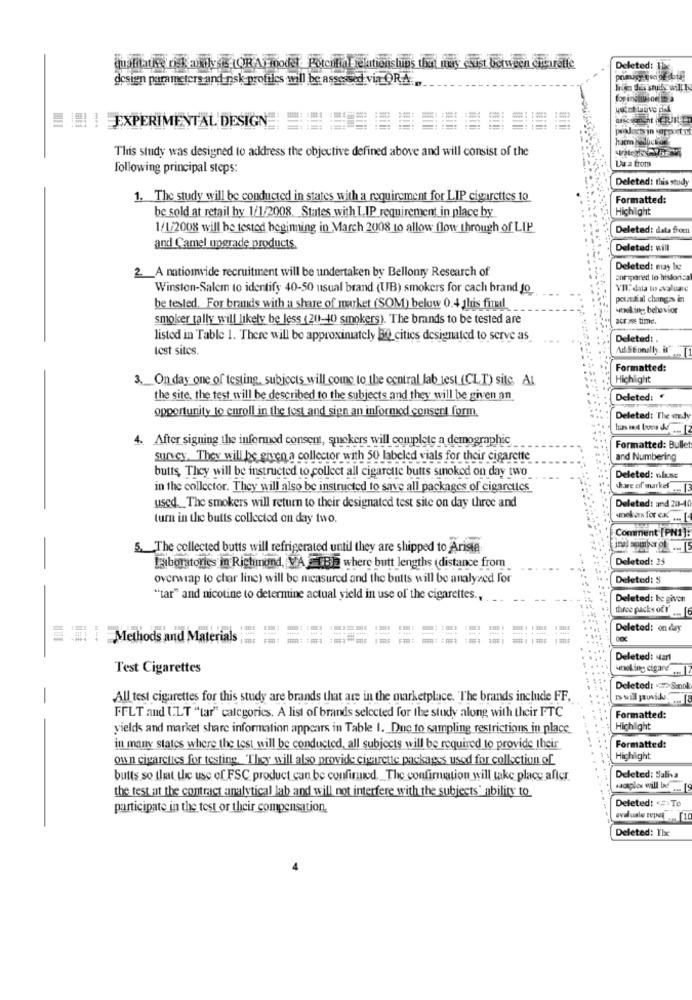
qualitative risk analysis (ORA)model Potcifialrelationslups that may csust between cigarette
Deleted: The
design parameters and nisk profiles will be assessed via-ORA
= = ! EXPERIMENTAL DESIGN
This study was designed to address the objective defined above and will consist of the
Da a from
following principal steps:
Deleted: this study
1. The study will be conducted in states with a requirement for LIP cigarettes 10
Formatted:
be sold at retail by 1/1/2008. States with LIP requirement in place by
Highlight
1/1/2008 will be tested beginning in March 2008 to allow flow through of LIP
Deleted: data from
and Camel upgrade products
Deleted: will
2_A nationvide recruitment will be undertaken by Bellonry Research of
Deleted: may be
compared to hissonica
Winston-Salem to identify 40-50 usual brand (UB) smokers for cach brand Jo
VHl:' data to evaluate
potat al changes in
be tesled, For brands with a share of market (SOM) below 0.4 this final
wooling behavior
smoker tally will likely be less (20-40) smokers). The brands to be tested are
across time.
listed in Table 1. There will be approximately 30 cities designated to serve as
Deleted:
test sites.
Ad Stoodlly. if
Formatted:
3. On day one of testing, subjects will come to the central lab test (CLI) site, AI
Hichlight
the site, the test will be described to the subjects and they will be given an
Deleted: €
opportunity to enroll in the fest and sign an informed consent form
Deleted: The endy
4. After signing the informed consent, smokers will complete a demographic
Formatted: Bullet
survey. They will be given a collector with 50 labeled vials for their cigarette
and Numbering
butts, They will be instructed to collect all cigarette butts sinoked on day two
Deleted: alsac
in the collector. They will also be instructed to save all packages of cigarettes
share of market ... [3
Deleted: and 20-40
used. The smokers will return to their designated test site on day three and
turn in the butts collected on day two.
sonokas for ex. ... [
Comment [PN1]:
5. The collected butts will refrigerated until they are shipped to Ariste
Deleted: 25
Laboratories in Richmond, VA EBIE where butt lengths (distance from
overwrap to char line) will be measured and the butts will be analysed for
Deleted: S
"tar" and nicotine to determine actual yield in use of the cigarettes .,
Deleted: be given
duroe packs off ...
Deleted: on day
== Methods and Materials
Deleted: Mart
Test Cigarettes
smoking cigare ...
Deleted: > Sanok
All test cigarettes for this study are brands that are in the marketplace. The brands include FF,
FFLT and ULT "tar" categories. A list of brands selected for the study along with their FTC
Formatted:
yields and market share information appears in Table 1. Due to sampling restrictions in place
Highlight
in many states where the test will be conducted, all subjects will be required to provide their
Formatted:
own cigarettes for testing. They will also provide cigarette packages used for collection of
Highlight
butts so that the use of FSC product can be confirmed. The confirmation will take place after
Deleted: Saliva
sacaplos will be ...
the test at the contract analytical lab and will not interfere with the subjects' ability to
Deleted: <= To
participate in the test or their compensation.
Deleted: The